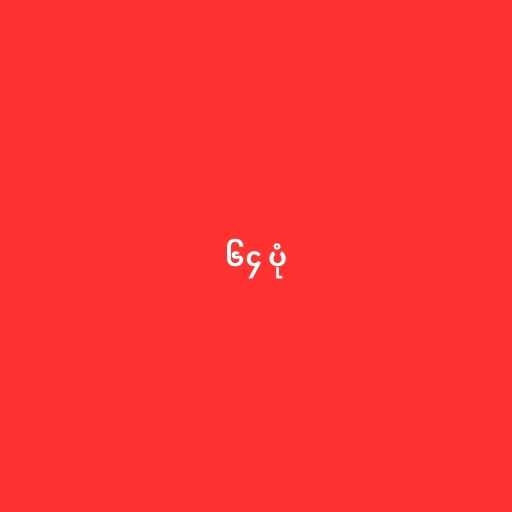
၆၄ ပုံ